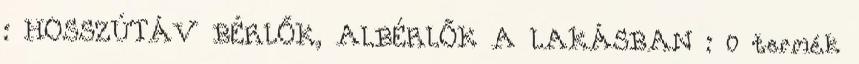
: HOSSZÚTÁV BÉRLŐK, ALBÉRLŐK A LAKÁSBAN : 0 termék